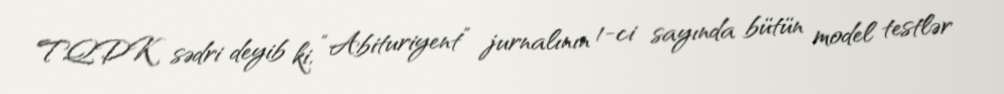
TQDK sədri deyib ki, “Abituriyent” jurnalının 1-ci sayında bütün model testlər